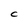
Character: C